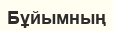
Бұйымның